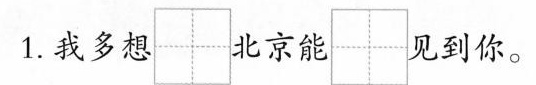
1.我多想 北京能 见到你。